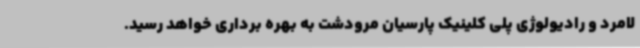
لامرد و رادیولوژی پلی کلینیک پارسیان مرودشت به بهره برداری خواهد رسید.